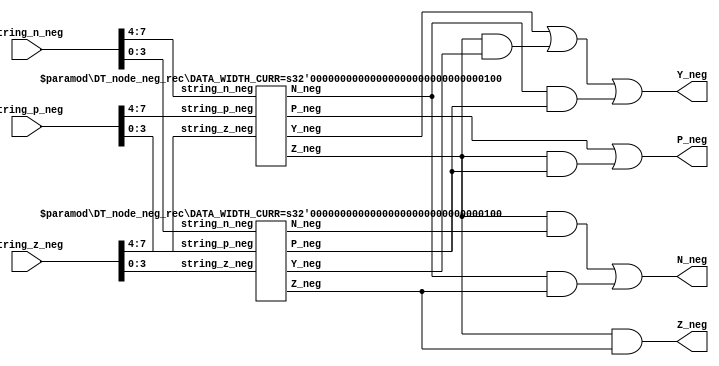
module DT_node_neg_rec #(
    parameter DATA_WIDTH_CURR   = 8
)(
    input   [DATA_WIDTH_CURR - 1 : 0]   string_n_neg,
    input   [DATA_WIDTH_CURR - 1 : 0]   string_z_neg,
    input   [DATA_WIDTH_CURR - 1 : 0]   string_p_neg,

    output                              Z_neg,
    output                              N_neg,
    output                              P_neg,
    output                              Y_neg
);

    generate if(DATA_WIDTH_CURR > 2) begin
        wire Z_neg_prev_0;
        wire N_neg_prev_0;
        wire P_neg_prev_0;
        wire Y_neg_prev_0;

        wire Z_neg_prev_1;
        wire N_neg_prev_1;
        wire P_neg_prev_1;
        wire Y_neg_prev_1;

        localparam DATA_WIDTH_PREV = DATA_WIDTH_CURR / 2;

        wire [DATA_WIDTH_PREV - 1 : 0] string_n_neg_prev_0 =
                                       string_n_neg [DATA_WIDTH_PREV * 2 - 1 : DATA_WIDTH_PREV];
        wire [DATA_WIDTH_PREV - 1 : 0] string_z_neg_prev_0 =
                                       string_z_neg [DATA_WIDTH_PREV * 2 - 1 : DATA_WIDTH_PREV];
        wire [DATA_WIDTH_PREV - 1 : 0] string_p_neg_prev_0 =
                                       string_p_neg [DATA_WIDTH_PREV * 2 - 1 : DATA_WIDTH_PREV];

        wire [DATA_WIDTH_PREV - 1 : 0] string_n_neg_prev_1 =
                                       string_n_neg [DATA_WIDTH_PREV - 1 : 0];
        wire [DATA_WIDTH_PREV - 1 : 0] string_z_neg_prev_1=
                                       string_z_neg [DATA_WIDTH_PREV - 1 : 0];
        wire [DATA_WIDTH_PREV - 1 : 0] string_p_neg_prev_1=
                                       string_p_neg [DATA_WIDTH_PREV - 1 : 0];

        DT_node_neg_rec #(
            .DATA_WIDTH_CURR    (DATA_WIDTH_PREV)
        ) DTN_neg_rec_prev_0 (
            .string_n_neg       (string_n_neg_prev_0),
            .string_z_neg       (string_z_neg_prev_0),
            .string_p_neg       (string_p_neg_prev_0),
            .Z_neg              (Z_neg_prev_0),
            .N_neg              (N_neg_prev_0),
            .P_neg              (P_neg_prev_0),
            .Y_neg              (Y_neg_prev_0)
        );

        DT_node_neg_rec #(
            .DATA_WIDTH_CURR    (DATA_WIDTH_PREV)
        ) DTN_neg_rec_prev_1 (
            .string_n_neg       (string_n_neg_prev_1),
            .string_z_neg       (string_z_neg_prev_1),
            .string_p_neg       (string_p_neg_prev_1),
            .Z_neg              (Z_neg_prev_1),
            .N_neg              (N_neg_prev_1),
            .P_neg              (P_neg_prev_1),
            .Y_neg              (Y_neg_prev_1)
        );

        assign Z_neg = Z_neg_prev_0 & Z_neg_prev_1;
        assign N_neg = Z_neg_prev_0 & N_neg_prev_1   |
                       N_neg_prev_0 & Z_neg_prev_1;
        assign P_neg = P_neg_prev_0 |
                       Z_neg_prev_0 & P_neg_prev_1;
        assign Y_neg = Y_neg_prev_0 |
                       Z_neg_prev_0 & Y_neg_prev_1  |
                       N_neg_prev_0 & P_neg_prev_1;
    end
    else if(DATA_WIDTH_CURR == 2) begin
        assign Z_neg = string_z_neg[1] & string_z_neg[0];
        assign N_neg = string_z_neg[1] & string_n_neg[0]  |
                       string_z_neg[0] & string_n_neg[1];
        assign P_neg = string_p_neg[1] |
                       string_z_neg[1] & string_p_neg[0];
        assign Y_neg = string_n_neg[1] & string_p_neg[0];
    end
    endgenerate

endmodule